Indian journal of veterinary science and animal husbandry - Volume 14,
Year: 1944
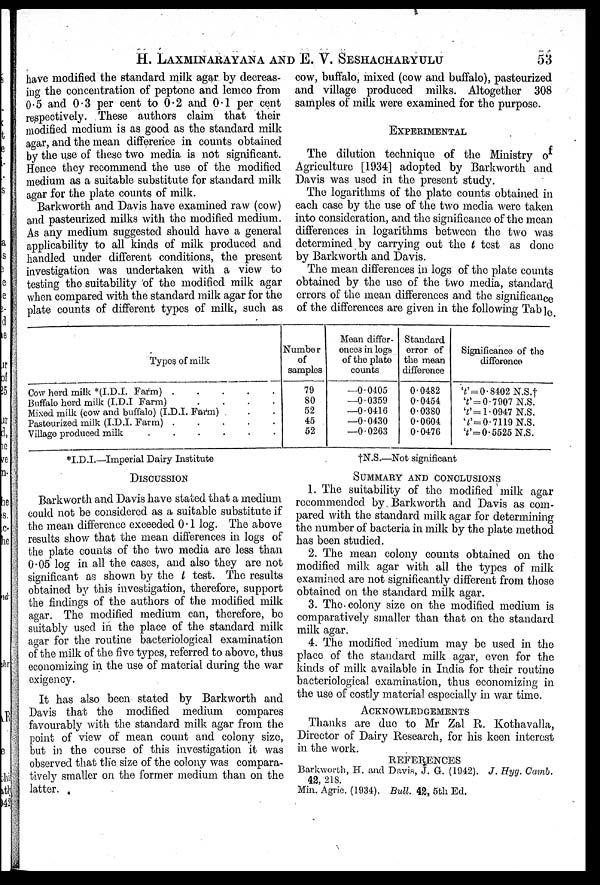
H. LAXMINARAYANA AND E. V. SESHACHARYULU 53
have modified the standard milk agar by decreas-
ing the concentration of peptone and lemco from
0.5 and 0.3 per cent to 0.2 and 0.1 per cent
respectively. These authors claim that their
modified medium is as good as the standard milk
agar, and the mean difference in counts obtained
by the use of these two media is not significant.
Hence they recommend the use of the modified
medium as a suitable substitute for standard milk
agar for the plate counts of milk.
Barkworth and Davis have examined raw (cow)
and pasteurized milks with the modified medium.
As any medium suggested should have a general
applicability to all kinds of milk produced and
handled under different conditions, the present
investigation was undertaken with a view to
testing the suitability of the modified milk agar
when compared with the standard milk agar for the
plate counts of different types of milk, such as
cow, buffalo, mixed (cow and buffalo), pasteurized
and village produced milks. Altogether 308
samples of milk were examined for the purpose.
EXPERIMENTAL
The dilution technique of the Ministry of
Agriculture [1934] adopted by Barkworth and
Davis was used in the present study.
The logarithms of the plate counts obtained in
each case by the use of the two media were taken
into consideration, and the significance of the mean
differences in logarithms between the two was
determined by carrying out the t test as done
by Barkworth and Davis.
The mean differences in logs of the plate counts
obtained by the use of the two media, standard
errors of the mean differences and the significance
of the differences are given in the following Table.
Types of milk
Cow herd milk *(I.D.I. Farm) . . . . .
Buffalo herd milk (I.D.I Farm)
.
.
.
.
Mixed milk (cow and buffalo) (I.D.I. Farm)
Pasteurized milk (I.D.I. Farm)
.
.
.
.
.
Village produced milk
.
.
.
.
.
.
Number
of
samples
79
80
52
45
52
Mean differ-
ences in logs
of the plate
counts
—0.0405
—0.0359
—0.0416
—0.0430
—0.0263
Standard
error of
the mean
difference
0.0482
0.0454
0.0380
0.0604
0.0476
Significance of the
difference
't' = 0.8402 N.S.†
't' = 0.7907 N.S.
't' = 1.0947 N.S.
't' = 0.7119 N.S.
't' = 0.5525 N.S.
*I.D.I.—Imperial Dairy Institute
†N.S.—Not significant
DISCUSSION
Barkworth and Davis have stated that a medium
could not be considered as a suitable substitute if
the mean difference exceeded 0.1 log. The above
results show that the mean differences in logs of
the plate counts of the two media are less than
0.05 log in all the cases, and also they are not
significant as shown by the t test. The results
obtained by this investigation, therefore, support
the findings of the authors of the modified milk
agar. The modified medium can, therefore, be
suitably used in the place of the standard milk
agar for the routine bacteriological examination
of the milk of the five types, referred to above, thus
economizing in the use of material during the war
exigency.
It has also been stated by Barkworth and
Davis that the modified medium compares
favourably with the standard milk agar from the
point of view of mean count and colony size,
but in the course of this investigation it was
observed that the size of the colony was compara-
tively smaller on the former medium than on the
latter.
SUMMARY AND CONCLUSIONS
1. The suitability of the modified milk agar
recommended by Barkworth and Davis as com-
pared with the standard milk agar for determining
the number of bacteria in milk by the plate method
has been studied.
2. The mean colony counts obtained on the
modified milk agar with all the types of milk
examined are not significantly different from those
obtained on the standard milk agar.
3. The colony size on the modified medium is
comparatively smaller than that on the standard
milk agar.
4. The modified medium may be used in the
place of the standard milk agar, even for the
kinds of milk available in India for their routine
bacteriological examination, thus economizing in
the use of costly material especially in war time.
ACKNOWLEDGEMENTS
Thanks are due to Mr Zal R. Kothavalla,
Director of Dairy Research, for his keen interest
in the work.
REFERENCES
Barkworth, H. and Davis, J. G. (1942). J. Hyg. Camb.
42, 218.
Min. Agric. (1934). Bull. 42, 5th Ed.